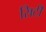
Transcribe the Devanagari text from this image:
सिटी